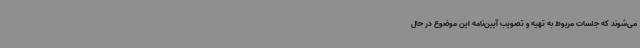
می‌شوند که جلسات مربوط به تهیه و تصویب آیین‌نامه این موضوع در حال